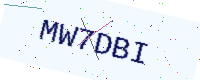
Text: MW7DBI